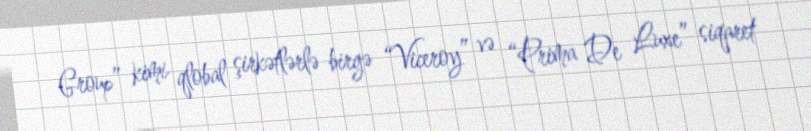
Group” kimi qlobal şirkətlərlə birgə “Viceroy” və “Prima De Luxe” siqaret